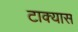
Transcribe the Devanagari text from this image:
टाक्यास